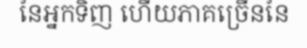
នៃអ្នកទិញ ហើយភាគច្រើននៃ